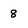
Character: 8